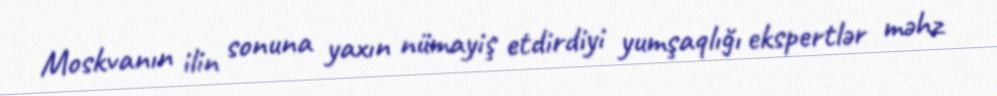
Moskvanın ilin sonuna yaxın nümayiş etdirdiyi yumşaqlığı ekspertlər məhz